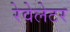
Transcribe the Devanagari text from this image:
रेवेलेटर